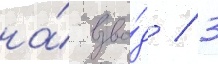
на́ взво́д / 3